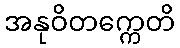
အနုဝိတက္ကေတိ